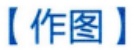
【作图】